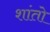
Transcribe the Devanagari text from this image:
शांतो